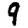
Digit: 9